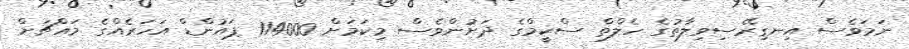
ނަމަވެސް އިނގިރޭސިވިލާތުގެ ހެލްތް ސްކީމްގެ ދަށުންވެސް މިކަމަށް 114000 ޕައުންޑް އަހަރެއްގެ މައްޗަށް